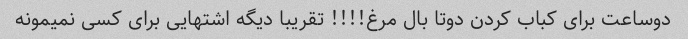
دوساعت برای کباب کردن دوتا بال مرغ!!!! تقریبا دیگه اشتهایی برای کسی نمیمونه